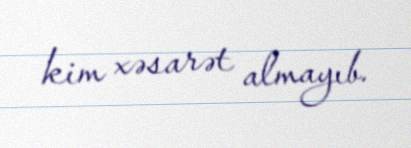
kim xəsarət almayıb.